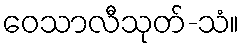
ဝေသာလီသုတ်-သံ။